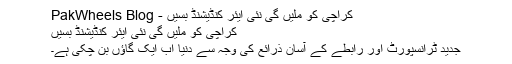
کراچی کو ملیں گی نئی ایئر کنڈیشنڈ بسیں - PakWheels Blog
کراچی کو ملیں گی نئی ایئر کنڈیشنڈ بسیں
جدید ٹرانسپورٹ اور رابطے کے آسان ذرائع کی وجہ سے دنیا اب ایک گاؤں بن چکی ہے۔